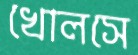
খোলসে